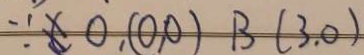
\because x 0 , ( 0 , 0 ) B ( 3 . 0 )